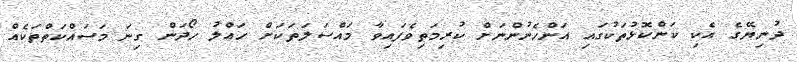
ދުނިޔޭގެ އެކި ކަންކޮޅުތަކުގައި އަންހެނުންނަށް ކުރިމަތިވެފައިވާ މައްސަލަތަކަށް ހައްލު ހޯދަން ގިނަ މަސައްކަތްތަކެއް